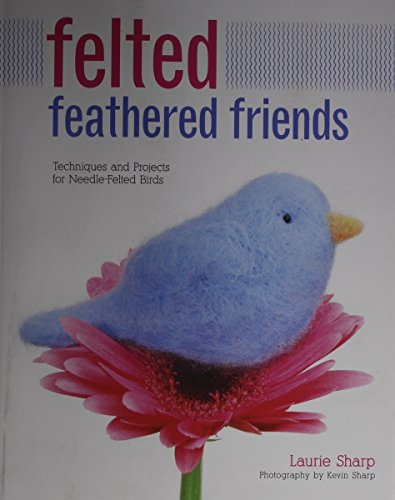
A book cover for Felted Feathered Friends: Techniques and Projects for Needle-felted Birds; Laurie Sharp; Crafts, Hobbies & Home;